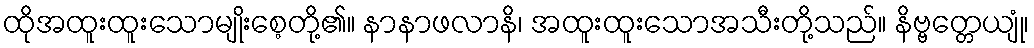
ထိုအထူးထူးသောမျိုးစေ့တို့၏။ နာနာဖလာနိ၊ အထူးထူးသောအသီးတို့သည်။ နိဗ္ဗတ္တေယျုံ၊